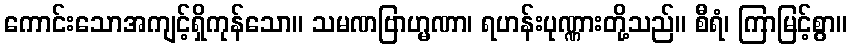
ကောင်းသောအကျင့်ရှိကုန်သော။ သမဏဗြာဟ္မဏာ၊ ရဟန်းပုဏ္ဏားတို့သည်။ စီရံ၊ ကြာမြင့်စွာ။